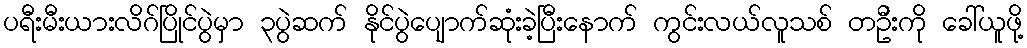
ပရီးမီးယားလိဂ်ပြိုင်ပွဲမှာ ၃ပွဲဆက် နိုင်ပွဲပျောက်ဆုံးခဲ့ပြီးနောက် ကွင်းလယ်လူသစ် တဦးကို ခေါ်ယူဖို့